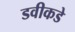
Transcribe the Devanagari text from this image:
डवीकडे